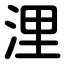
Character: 浬